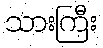
သားကြီး